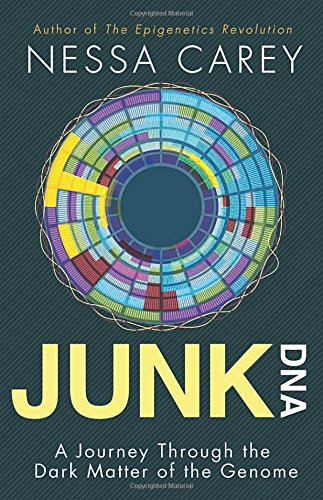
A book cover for Junk DNA: A Journey Through the Dark Matter of the Genome; Nessa Carey; Engineering & Transportation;